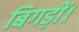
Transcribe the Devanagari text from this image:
बिगड़ीं।